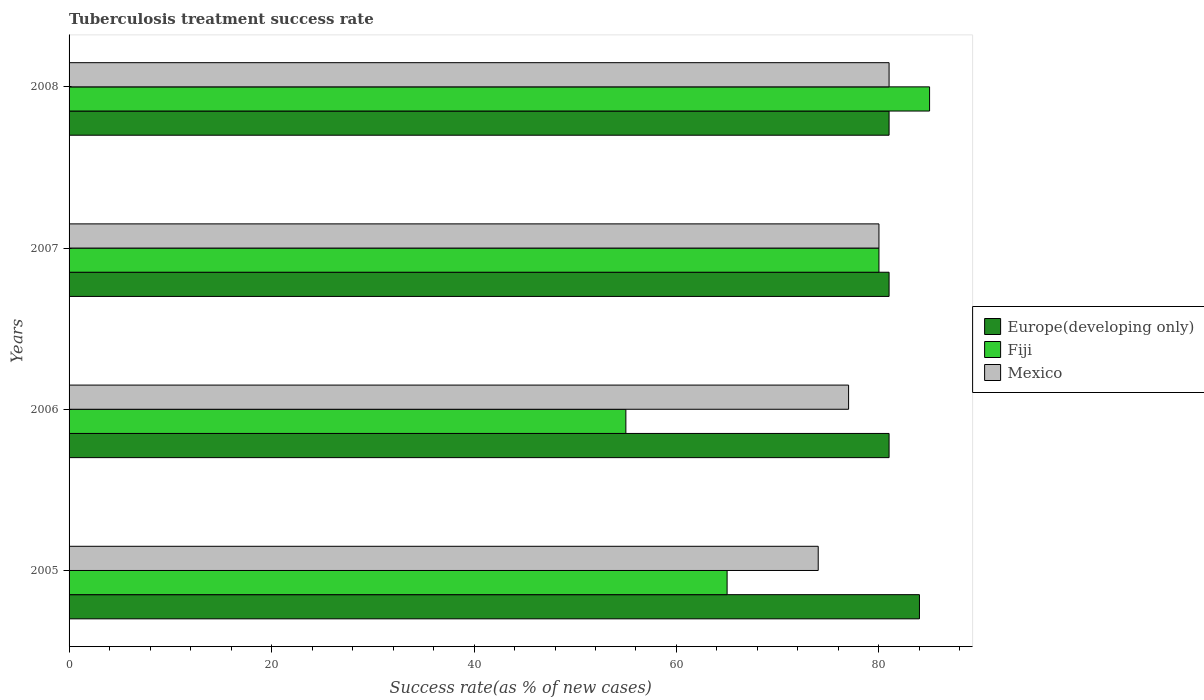
| Years | Europe(developing only) | Fiji | Mexico |
 | --- | --- | --- | --- |
 | 2005 | 84 | 65 | 74 |
 | 2006 | 81 | 55 | 77 |
 | 2007 | 81 | 80 | 80 |
 | 2008 | 81 | 85 | 81 |